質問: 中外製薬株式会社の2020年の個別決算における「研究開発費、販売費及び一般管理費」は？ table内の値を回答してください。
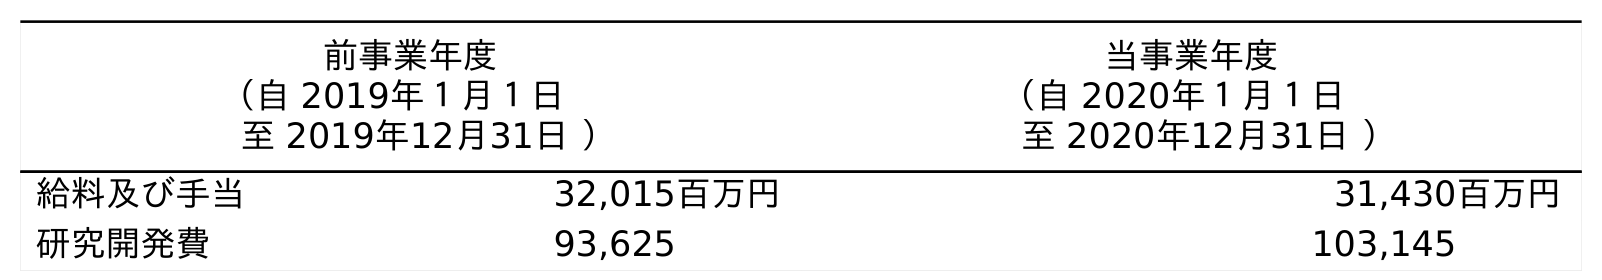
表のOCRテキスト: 前事業年度 （自 2019年１月１日 至 2019年12月31日 ） 当事業年度 （自 2020年１月１日 至 2020年12月31日 ） 給料及び手当 32,015百万円 31,430百万円 研究開発費 93,625 103,145
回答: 103,145